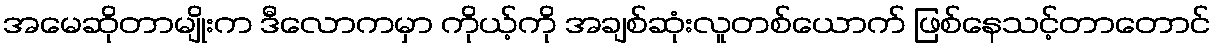
အမေဆိုတာမျိုးက ဒီလောကမှာ ကိုယ့်ကို အချစ်ဆုံးလူတစ်ယောက် ဖြစ်နေသင့်တာတောင်